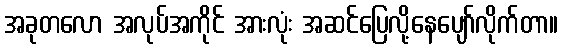
အခုတလော အလုပ်အကိုင် အားလုံး အဆင်ပြေလို့နေပျော်လိုက်တာ။